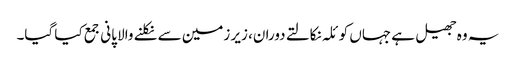
یہ وہ جھیل ہے جہاں کوئلہ نکالتے دوران، زیر زمین سے نکلنے والا پانی جمع کیا گیا۔